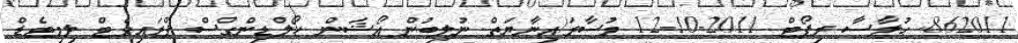
862011. ޙުލާސާ ރިޕޯޓް 2011-10-12 މުސާރަ/އިނާޔަތް ނުލިބުން އޯޝަން ހޯލްޑިންގްސް ޕްރައިވެޓް ލިމިޓެޑް